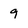
Character: 9